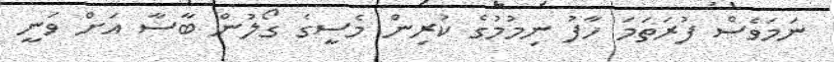
ނަމަވެސް ފުރަތަމަ ހާފު ނިމުމުގެ ކުރިން މެސީގެ ގޯލުން ބާސާ އަށް ވަނީ